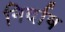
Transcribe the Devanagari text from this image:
निर्दाष